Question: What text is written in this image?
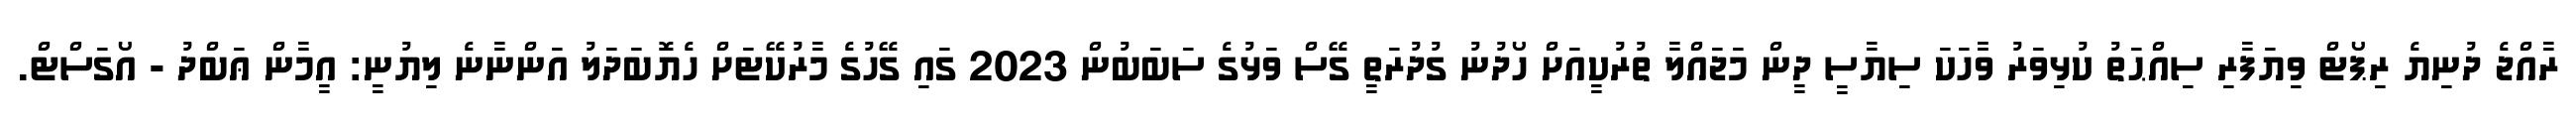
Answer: ރާއްޖެ ދުނިޔެ ރިޕޯޓް ވިޔަފާރި ސިއްޙަތު ކުޅިވަރު ވާާހަކަ ސިޔާސީ ދީން މަޖައްލާ ތުރުކީއަށް ހޯދުނު ގުދުރަތީ ގޭސް ވަޅުގެ ސަބަބުން 2023 ގައި ގޭހުގެ މާރުކޭޓަށް ހެޔޮބަދަލު އަންނާނެ ލިޔުނީ: އީމާން ޢަބްދު - އޯގަސްޓް.